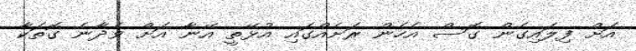
އަށް ފިލައިގެން ގޮސް އެހެން ރަށެއްގައި އުޅޭތީ އޭނާ އަށް ވެދާނެ ގޮތަކާ